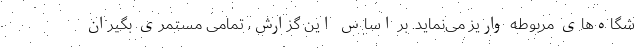
شگاه‌های مربوطه واریز می‌نماید. بر اساس این گزارش، تمامی مستمری بگیران